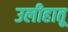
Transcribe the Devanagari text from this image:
उलीहातू